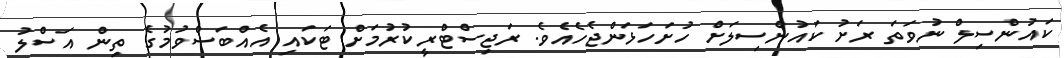
ކައުންސިލް ނުވަތަ ރަށު ކައުންސިލަށް ހުށަހަޅަންޖެހެއެވެ. ރަޖިސްޓްރީކުރުމަށް ޓަކައި އެއްބަސްވުމުގެ ތިން އަސްލު